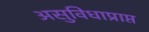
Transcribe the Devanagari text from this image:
असुविधाप्राप्त